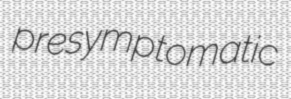
presymptomatic